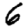
Digit: 6